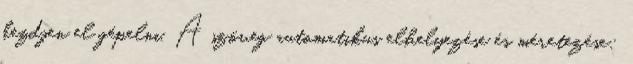
kezdjen el gépelni. A szöveg automatikus elhelyezése és méretezése: